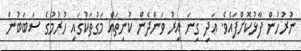
ނުރުހުން ފާޅުކޮށްފައެވެ. ޢަދި ގިނަ އިރު ވަންދެން ކުނިތައް މަގުތަކުގައި ހުރުމުގެ ސަބަބުން